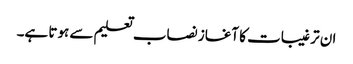
ان ترغیبات کا آغاز نصاب تعلیم سے ہوتا ہے۔